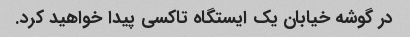
در گوشه خیابان یک ایستگاه تاکسی پیدا خواهید کرد.